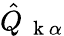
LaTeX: \hat{Q}_{\mathrm{~\mathbf~k~}\alpha}